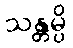
သန္တမ္ပိ